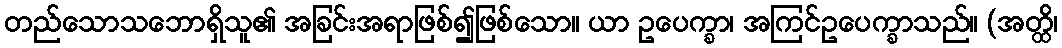
တည်သောသဘောရှိသူ၏ အခြင်းအရာဖြစ်၍ဖြစ်သော။ ယာ ဥပေက္ခာ၊ အကြင်ဥပေက္ခာသည်။ (အတ္ထိ၊